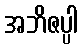
အဘိဇပ္ပါ